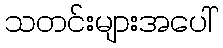
သတင်းများအပေါ်